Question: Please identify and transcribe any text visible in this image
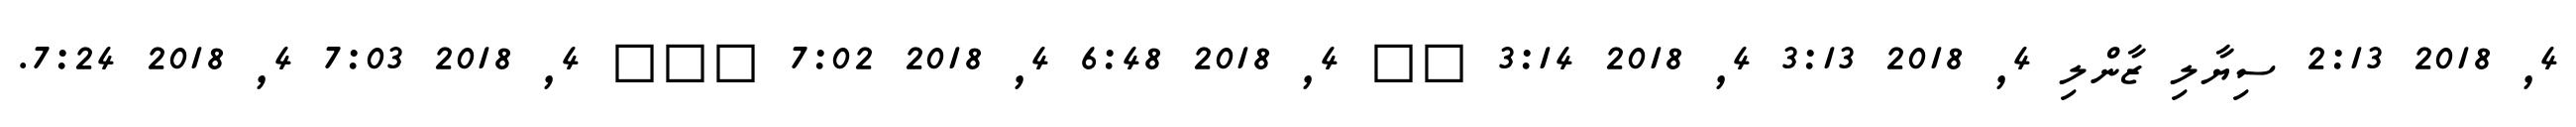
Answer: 4, 2018 2:13 ސިޔާލި ޒާންލި 4, 2018 3:13 4, 2018 3:14 ?? 4, 2018 6:48 4, 2018 7:02 ??? 4, 2018 7:03 4, 2018 7:24.